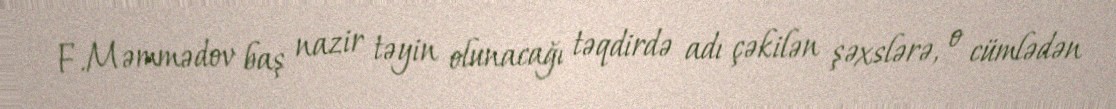
F.Məmmədov baş nazir təyin olunacağı təqdirdə adı çəkilən şəxslərə, o cümlədən